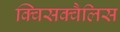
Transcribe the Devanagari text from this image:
क्विसक्वैलिस